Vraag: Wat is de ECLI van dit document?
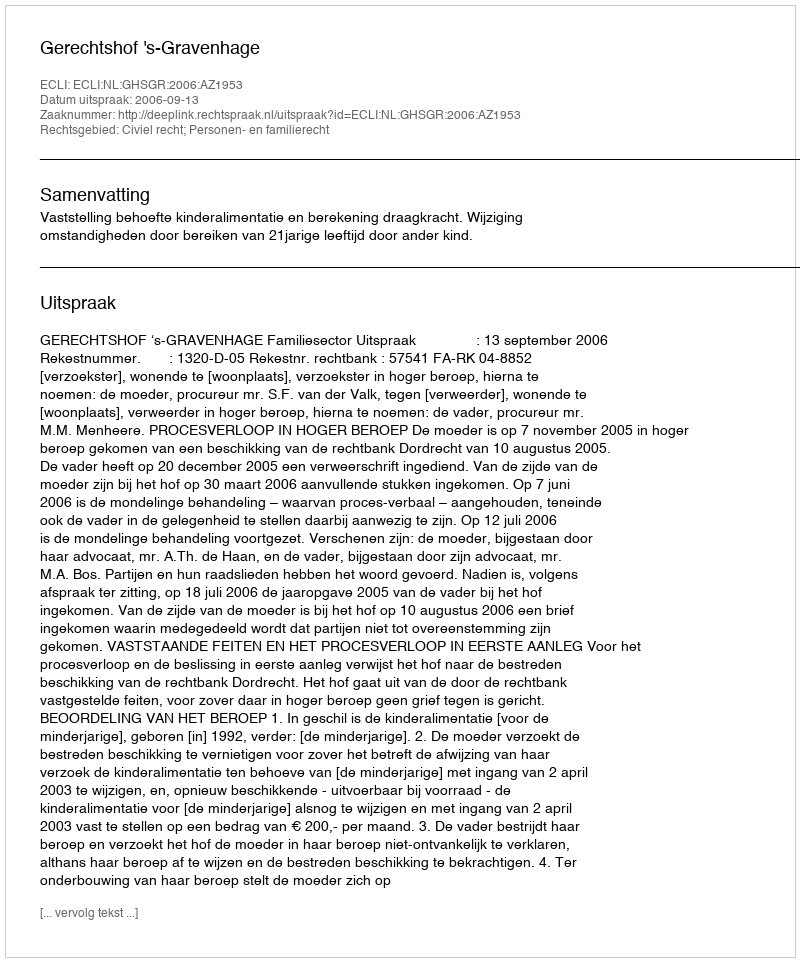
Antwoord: ECLI:NL:GHSGR:2006:AZ1953